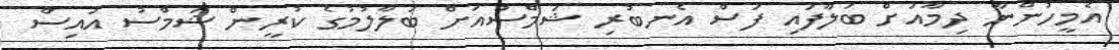
އެމީހުންނާ ދިމާއަށް ބަލާފައި ފަސް އެނބުރި ޝަމްސުއަށް ބަލާލުމުގެ ކުރީން ޝަމްސު އައިސް